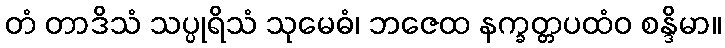
တံ တာဒိသံ သပ္ပုရိသံ သုမေဓံ၊ ဘဇေထ နက္ခတ္တပထံဝ စန္ဒိမာ။